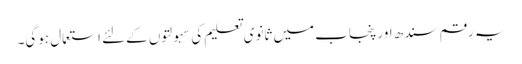
یہ رقم سندھ اور پنجاب میں ثانوی تعلیم کی سہولتوں کےلئے استعمال ہوگی۔